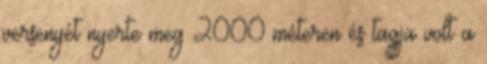
versenyét nyerte meg 2000 méteren és tagja volt a